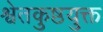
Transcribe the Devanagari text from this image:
श्वेतकुष्ठयुक्त